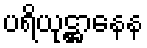
ပရိယုဋ္ဌာနေန